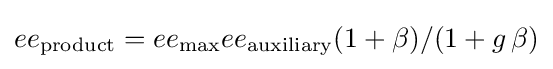
ee_{\text{product}}=ee_{\text{max}}ee_{\text{auxiliary}}(1+\beta )/(1+g\,\beta )